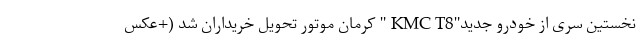
نخستین سری از خودرو جدید"KMC T8 " کرمان موتور تحویل خریداران شد (+عکس